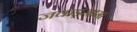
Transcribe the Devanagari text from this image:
जकड़जामा